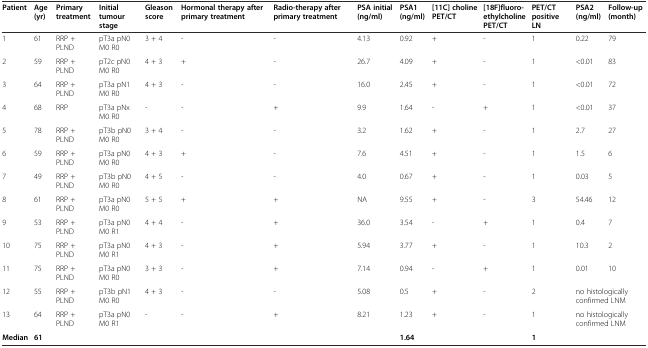
<table><thead><tr><td><b>Patient</b></td><td><b>Age (yr)</b></td><td><b>Primary treatment</b></td><td><b>Initial tumour stage</b></td><td><b>Gleason score</b></td><td><b>Hormonal therapy after primary treatment</b></td><td><b>Radio-therapy after primary treatment</b></td><td><b>PSA initial (ng/ml)</b></td><td><b>PSA1 (ng/ml)</b></td><td><b>[11C] choline PET/CT</b></td><td><b>[18F]fluoro-ethylcholine PET/CT</b></td><td><b>PET/CT positive LN</b></td><td><b>PSA2 (ng/ml)</b></td><td><b>Follow-up (month)</b></td></tr></thead><tbody><tr><td>1</td><td>61</td><td>RRP + PLND</td><td>pT3a pN0 M0 R0</td><td>3 + 4</td><td>-</td><td>-</td><td>4.13</td><td>0.92</td><td>+</td><td>-</td><td>1</td><td>0.22</td><td>79</td></tr><tr><td>2</td><td>59</td><td>RRP + PLND</td><td>pT2c pN0 M0 R0</td><td>4 + 3</td><td>+</td><td>-</td><td>26.7</td><td>4.09</td><td>+</td><td>-</td><td>1</td><td>&lt;0.01</td><td>83</td></tr><tr><td>3</td><td>64</td><td>RRP + PLND</td><td>pT3a pN1 M0 R0</td><td>4 + 3</td><td>-</td><td>-</td><td>16.0</td><td>2.45</td><td>+</td><td>-</td><td>1</td><td>&lt;0.01</td><td>72</td></tr><tr><td>4</td><td>68</td><td>RRP</td><td>pT3a pNx M0 R0</td><td>-</td><td>-</td><td>+</td><td>9.9</td><td>1.64</td><td>-</td><td>+</td><td>1</td><td>&lt;0.01</td><td>37</td></tr><tr><td>5</td><td>78</td><td>RRP + PLND</td><td>pT3b pN0 M0 R0</td><td>3 + 4</td><td>-</td><td>-</td><td>3.2</td><td>1.62</td><td>+</td><td>-</td><td>1</td><td>2.7</td><td>27</td></tr><tr><td>6</td><td>59</td><td>RRP + PLND</td><td>pT3a pN0 M0 R0</td><td>4 + 3</td><td>+</td><td>-</td><td>7.6</td><td>4.51</td><td>+</td><td>-</td><td>1</td><td>1.5</td><td>6</td></tr><tr><td>7</td><td>49</td><td>RRP + PLND</td><td>pT3b pN0 M0 R0</td><td>4 + 5</td><td>-</td><td>-</td><td>4.0</td><td>0.67</td><td>+</td><td>-</td><td>1</td><td>0.03</td><td>5</td></tr><tr><td>8</td><td>61</td><td>RRP + PLND</td><td>pT3a pN0 M0 R0</td><td>5 + 5</td><td>+</td><td>+</td><td>NA</td><td>9.55</td><td>+</td><td>-</td><td>3</td><td>54.46</td><td>12</td></tr><tr><td>9</td><td>53</td><td>RRP + PLND</td><td>pT3a pN0 M0 R1</td><td>4 + 4</td><td>-</td><td>+</td><td>36.0</td><td>3.54</td><td>-</td><td>+</td><td>1</td><td>0.4</td><td>7</td></tr><tr><td>10</td><td>75</td><td>RRP + PLND</td><td>pT3a pN0 M0 R1</td><td>4 + 3</td><td>-</td><td>+</td><td>5.94</td><td>3.77</td><td>+</td><td>-</td><td>1</td><td>10.3</td><td>2</td></tr><tr><td>11</td><td>75</td><td>RRP + PLND</td><td>pT3a pN0 M0 R0</td><td>3 + 3</td><td>-</td><td>+</td><td>7.14</td><td>0.94</td><td>-</td><td>+</td><td>1</td><td>0.01</td><td>10</td></tr><tr><td>12</td><td>55</td><td>RRP + PLND</td><td>pT3b pN1 M0 R0</td><td>4 + 3</td><td>-</td><td>-</td><td>5.08</td><td>0.5</td><td>+</td><td>-</td><td>2</td><td colspan="2">no histologically confirmed LNM</td></tr><tr><td>13</td><td>64</td><td>RRP + PLND</td><td>pT3a pN0 M0 R1</td><td>-</td><td>-</td><td>+</td><td>8.21</td><td>1.23</td><td>+</td><td>-</td><td>1</td><td colspan="2">no histologically confirmed LNM</td></tr><tr><td><b>Median</b></td><td><b>61</b></td><td>[EMPTY_CELL]</td><td>[EMPTY_CELL]</td><td>[EMPTY_CELL]</td><td>[EMPTY_CELL]</td><td>[EMPTY_CELL]</td><td>[EMPTY_CELL]</td><td><b>1.64</b></td><td>[EMPTY_CELL]</td><td>[EMPTY_CELL]</td><td><b>1</b></td><td colspan="2">[EMPTY_CELL]</td></tr></tbody></table>